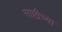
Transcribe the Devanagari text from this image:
साष्टीच्या